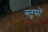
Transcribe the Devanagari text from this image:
स्तुपों